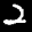
Label: 2